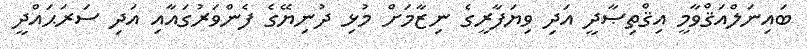
ބައިނަލްއަޤްވާމީ އިޤްތިޞާދީ އަދި ވިޔަފާރީގެ ނިޒާމަށް މުޅި ދުނިޔޭގެ ފެންވަރުގައާއި އަދި ސަރަޙައްދީ